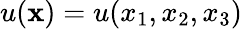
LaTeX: u({\mathbf x})=u(x_{1},x_{2},x_{3})